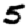
Digit: 5